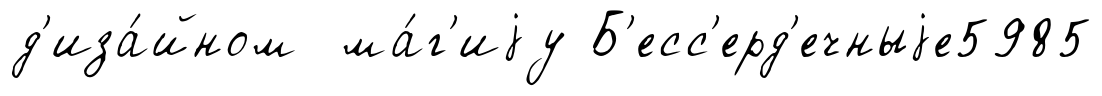
д'иза́йном ма́г'иjу Б'есс'ерд'ечныjе5985